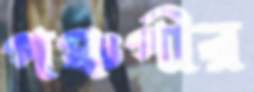
পঞ্চপীর